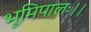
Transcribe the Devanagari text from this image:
भूमिपालः।।